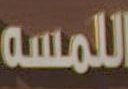
اللمسه